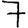
Digit: 7